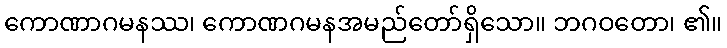
ကောဏာဂမနဿ၊ ကောဏဂမနအမည်တော်ရှိသော။ ဘဂဝတော၊ ၏။